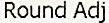
ROUND ADJ